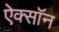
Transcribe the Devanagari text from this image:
ऐक्सॉन